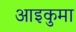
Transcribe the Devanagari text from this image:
आइकुमा